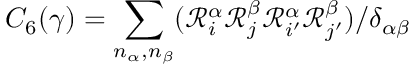
C _ { 6 } ( \gamma ) = \sum _ { n _ { \alpha } , n _ { \beta } } ( \mathcal { R } _ { i } ^ { \alpha } \mathcal { R } _ { j } ^ { \beta } \mathcal { R } _ { i ^ { \prime } } ^ { \alpha } \mathcal { R } _ { j ^ { \prime } } ^ { \beta } ) / \delta _ { \alpha \beta }